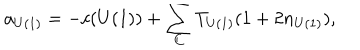
LaTeX: a _ { U ( 1 ) } = - c ( U ( 1 ) ) + \sum _ { C } T _ { U ( 1 ) } ( 1 + 2 n _ { U ( 1 ) } ) ,